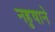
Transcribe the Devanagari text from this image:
नहुषाने